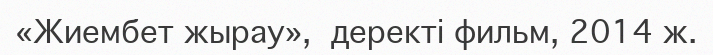
«Жиембет жырау»,  деректі фильм, 2014 ж.